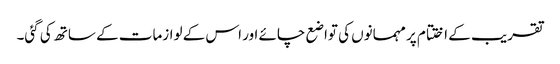
تقریب کے اختتام پر مہمانوں کی تواضع چائے اور اس کے لوازمات کے ساتھ کی گئی۔